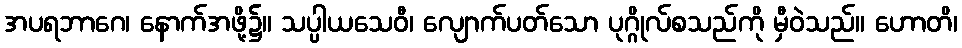
အပရဘာဂေ၊ နောက်အဖို့၌။ သပ္ပါယသေဝီ၊ လျောက်ပတ်သော ပုဂ္ဂိုလ်စသည်ကို မှီဝဲသည်။ ဟောတိ၊